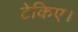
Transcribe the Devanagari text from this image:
टेकिए।